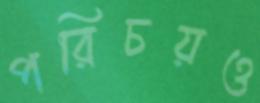
পরিচয়ও